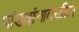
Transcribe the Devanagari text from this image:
पांडवांनादेखील